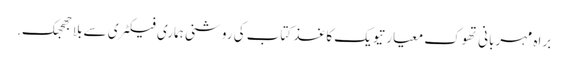
براہ مہربانی تھوک معیار تیویک کاغذ کتاب کی روشنی ہماری فیکٹری سے بلا جھجھک.